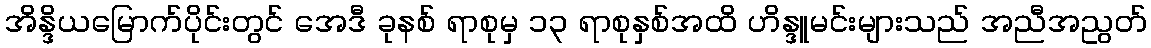
အိန္ဒိယမြောက်ပိုင်းတွင် အေဒီ ခုနစ် ရာစုမှ ၁၃ ရာစုနှစ်အထိ ဟိန္ဒူမင်းများသည် အညီအညွတ်